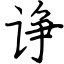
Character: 诤